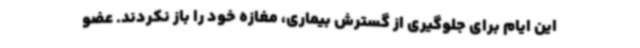
این ایام برای جلوگیری از گسترش بیماری، مغازه خود را باز نکردند. عضو